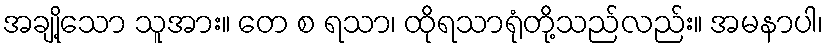
အချို့သော သူအား။ တေ စ ရသာ၊ ထိုရသာရုံတို့သည်လည်း။ အမနာပါ၊